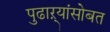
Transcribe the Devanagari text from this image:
पुढाऱ्यांसोबत